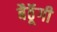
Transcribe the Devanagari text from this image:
बैठॅूगी